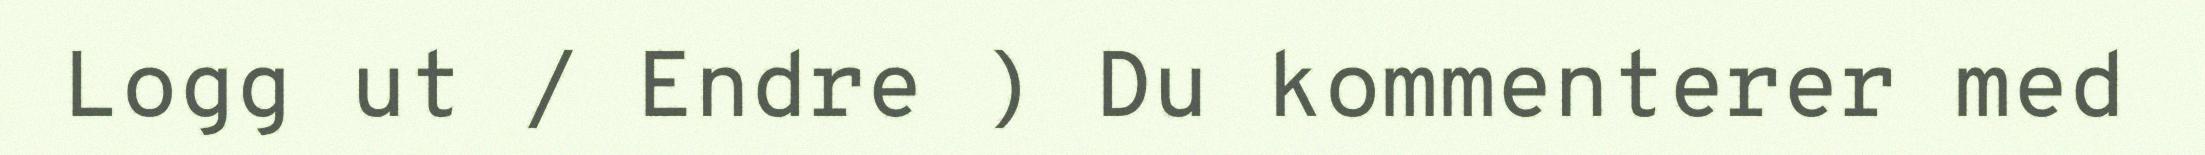
Logg ut / Endre ) Du kommenterer med